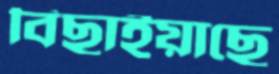
বিছাইয়াছে